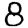
Digit: 8